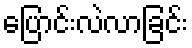
ပြောင်းလဲလာခြင်း